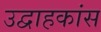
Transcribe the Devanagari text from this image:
उद्वाहकांस